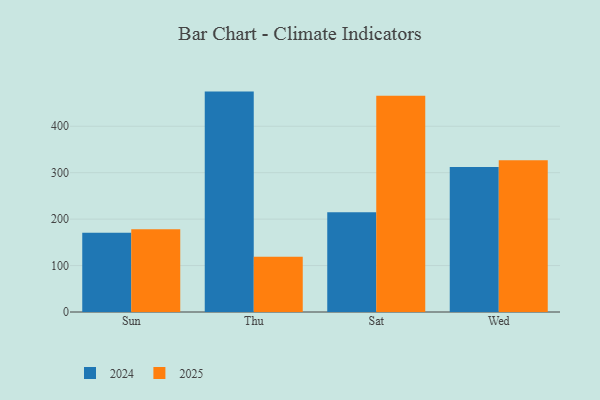
{"axis": {"x": "Day", "y": "Tickets Resolved"}, "legend": ["2024", "2025"], "data": [{"x": "Sun", "y": 170.8, "type": "2024"}, {"x": "Sun", "y": 178.0, "type": "2025"}, {"x": "Thu", "y": 474.6, "type": "2024"}, {"x": "Thu", "y": 118.9, "type": "2025"}, {"x": "Sat", "y": 214.6, "type": "2024"}, {"x": "Sat", "y": 465.5, "type": "2025"}, {"x": "Wed", "y": 312.1, "type": "2024"}, {"x": "Wed", "y": 326.9, "type": "2025"}]}